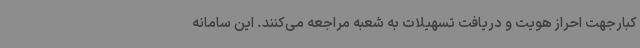
کبارجهت احراز هویت و دریافت تسهیلات به شعبه مراجعه می‌کنند. این سامانه